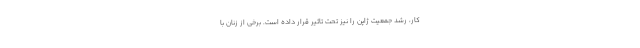
کار، رشد جمعیت ژاپن را نیز تحت تاثیر قرار داده است. برخی از زنان با